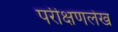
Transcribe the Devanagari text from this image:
परीक्षणलेख